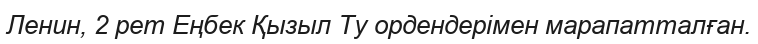
Ленин, 2 рет Еңбек Қызыл Ту ордендерімен марапатталған.